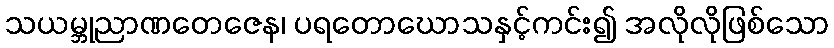
သယမ္ဘုညာဏတေဇေန၊ ပရတောဃောသနှင့်ကင်း၍ အလိုလိုဖြစ်သော